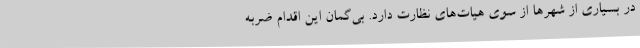
در بسیاری از شهرها از سوی هیات‌های نظارت دارد. بی‌گمان این اقدام ضربه